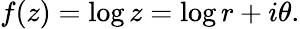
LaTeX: f(z)=\log z=\log r+i\theta.